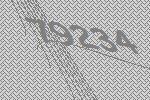
79234